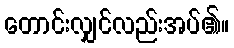
တောင်းလျှင်လည်းအပ်၏။